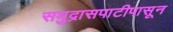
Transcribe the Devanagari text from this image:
समुद्रासपाटीपासून